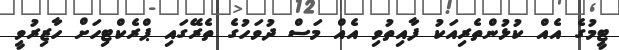
ޓީމުގެ އެއް ކުޅުންތެރިއަކު ފާއިތުވި އެއް މަސް ދުވަހުގެ ތެރޭގައި ޕްރެކްޓިހަށް ހާޒިރުވީ